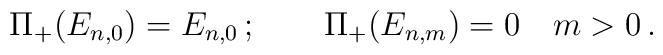
\Pi_+ (E_{n,0})=E_{n,0}\,;\qquad\Pi_+ (E_{n,m})=0\quad m>0\,.